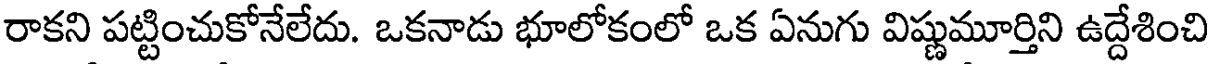
రాకని పట్టించుకోనేలేదు. ఒకనాడు భూలోకంలో ఒక ఏనుగు విష్ణుమూర్తిని ఉద్దేశించి